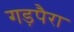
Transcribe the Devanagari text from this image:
गड़पैरा